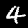
Label: 4